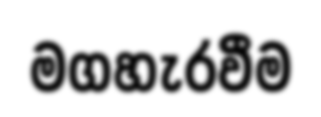
මගහැරවීම